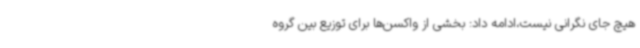
هیچ جای نگرانی نیست،ادامه داد: بخشی از واکسن‌ها برای توزیع بین گروه